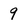
Character: 9